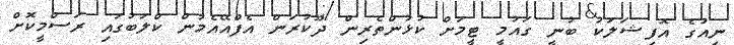
ނިއުގެ އޮފިޝަލަކު ބުނީ ގައުމީ ޓީމަށް ކުޅުންތެރިން ދޫކުރަން އެފްއޭއެމުން ކްލަބުގައި ރަސްމީކޮށް